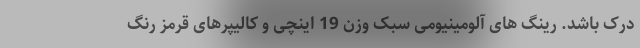
درک باشد. رینگ های آلومینیومی سبک وزن 19 اینچی و کالیپرهای قرمز رنگ